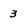
Character: 3